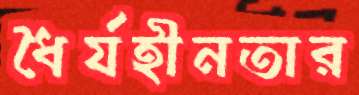
ধৈর্যহীনতার